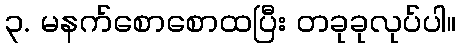
၃. မနက်စောစောထပြီး တခုခုလုပ်ပါ။